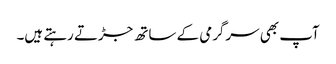
آپ بھی سرگرمی کے ساتھ جڑتے رہتے ہیں۔